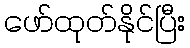
ဖော်ထုတ်နိုင်ပြီး